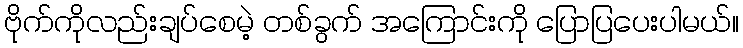
ဗိုက်ကိုလည်းချပ်စေမဲ့ တစ်ခွက် အကြောင်းကို ပြောပြပေးပါမယ်။